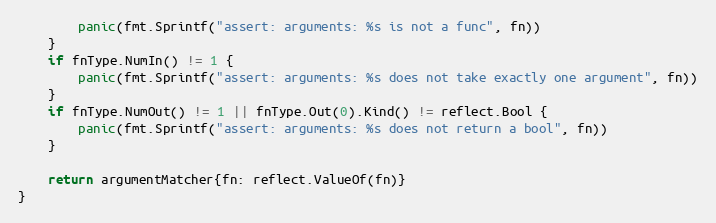
Language: Go
		panic(fmt.Sprintf("assert: arguments: %s is not a func", fn))
	}
	if fnType.NumIn() != 1 {
		panic(fmt.Sprintf("assert: arguments: %s does not take exactly one argument", fn))
	}
	if fnType.NumOut() != 1 || fnType.Out(0).Kind() != reflect.Bool {
		panic(fmt.Sprintf("assert: arguments: %s does not return a bool", fn))
	}

	return argumentMatcher{fn: reflect.ValueOf(fn)}
}